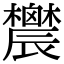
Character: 𨑋